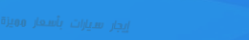
إيجار سيارات بأسعار مميزة